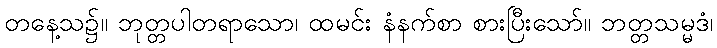
တနေ့သ၌။ ဘုတ္တပါတရာသော၊ ထမင်း နံနက်စာ စားပြီးသော်။ ဘတ္တသမ္မဒံ၊